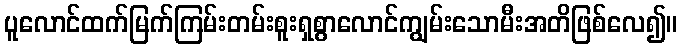
ပူလောင်ထက်မြက်ကြမ်းတမ်းစူးရှစွာလောင်ကျွမ်းသောမီးအတိဖြစ်လေ၍။